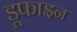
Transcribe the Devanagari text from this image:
डूफाइन